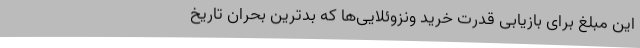
این مبلغ برای بازیابی قدرت خرید ونزوئلایی‌ها که بدترین بحران تاریخ